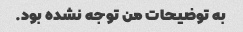
به توضیحات من توجه نشده بود.